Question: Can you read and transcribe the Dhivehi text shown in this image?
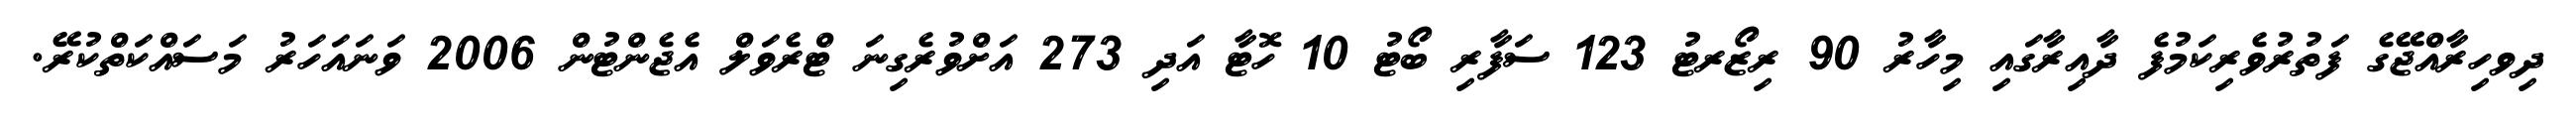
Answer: ދިވހިރާއްޖޭގެ ފަތުރުވެރިކަމުފެ ދާއިރާގައި މިހާރު 90 ރިޒޯރޓު 123 ސަފާރި ބޯޓު 10 ހޮޓާ އަދި 273 އަށްވުރެގިނަ ޓްރެވަލް އެޖެންޓުން 2006 ވަނައަހަރު މަސައްކަތްކުރޭ.